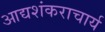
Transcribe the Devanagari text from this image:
आद्यशंकराचार्य